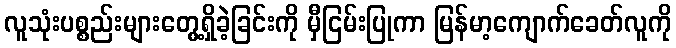
လူသုံးပစ္စည်းများတွေ့ရှိခဲ့ခြင်းကို မှီငြမ်းပြုကာ မြန်မာ့ကျောက်ခေတ်လူကို